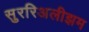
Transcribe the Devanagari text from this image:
सुररिअलीझम